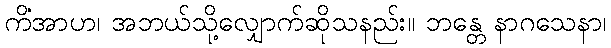
ကိံအာဟ၊ အဘယ်သို့လျှောက်ဆိုသနည်း။ ဘန္တေ နာဂသေနာ၊